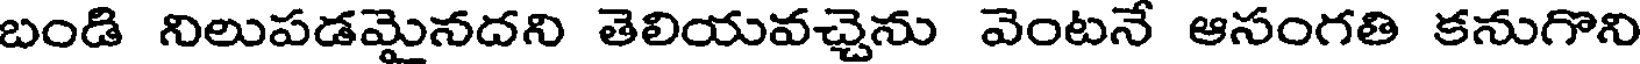
బండి నిలుపడమైనదని తెలియవచ్చెను వెంటనే ఆసంగతి కనుగొని